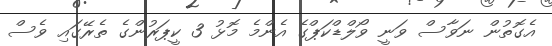
އެގޮތުން ނަވާސް ވަނީ ވޯލްޑްކަޕްގެ އެންމެ މޮޅު 3 ކީޕަރުންގެ ތެރޭގައި ވެސް